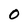
Character: 0